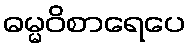
ဓမ္မဝိစာရေပေ